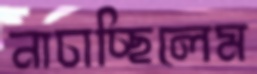
নাচাচ্ছিলেম